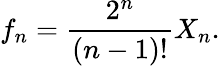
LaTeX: f_{n}=\frac{2^{n}}{(n-1)!}X_{n}.